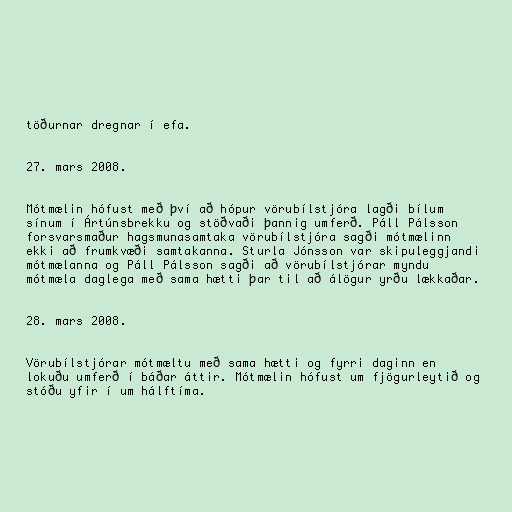
töðurnar dregnar í efa.

27. mars 2008.

Mótmælin hófust með því að hópur vörubílstjóra lagði bílum
sínum í Ártúnsbrekku og stöðvaði þannig umferð. Páll Pálsson
forsvarsmaður hagsmunasamtaka vörubílstjóra sagði mótmælinn
ekki að frumkvæði samtakanna. Sturla Jónsson var skipuleggjandi
mótmælanna og Páll Pálsson sagði að vörubílstjórar myndu
mótmæla daglega með sama hætti þar til að álögur yrðu lækkaðar.

28. mars 2008.

Vörubílstjórar mótmæltu með sama hætti og fyrri daginn en
lokuðu umferð í báðar áttir. Mótmælin hófust um fjögurleytið og
stóðu yfir í um hálftíma.